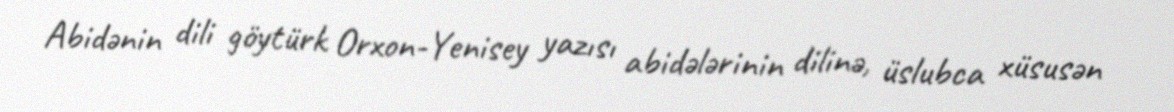
Abidənin dili göytürk Orxon-Yenisey yazısı abidələrinin dilinə, üslubca xüsusən